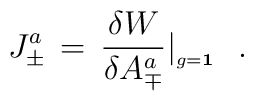
J_\pm^a  \,=\,{ \delta W \over \delta A_\mp^a }\vert_{_{ g = {\bf 1}}}\,\,\,\,.